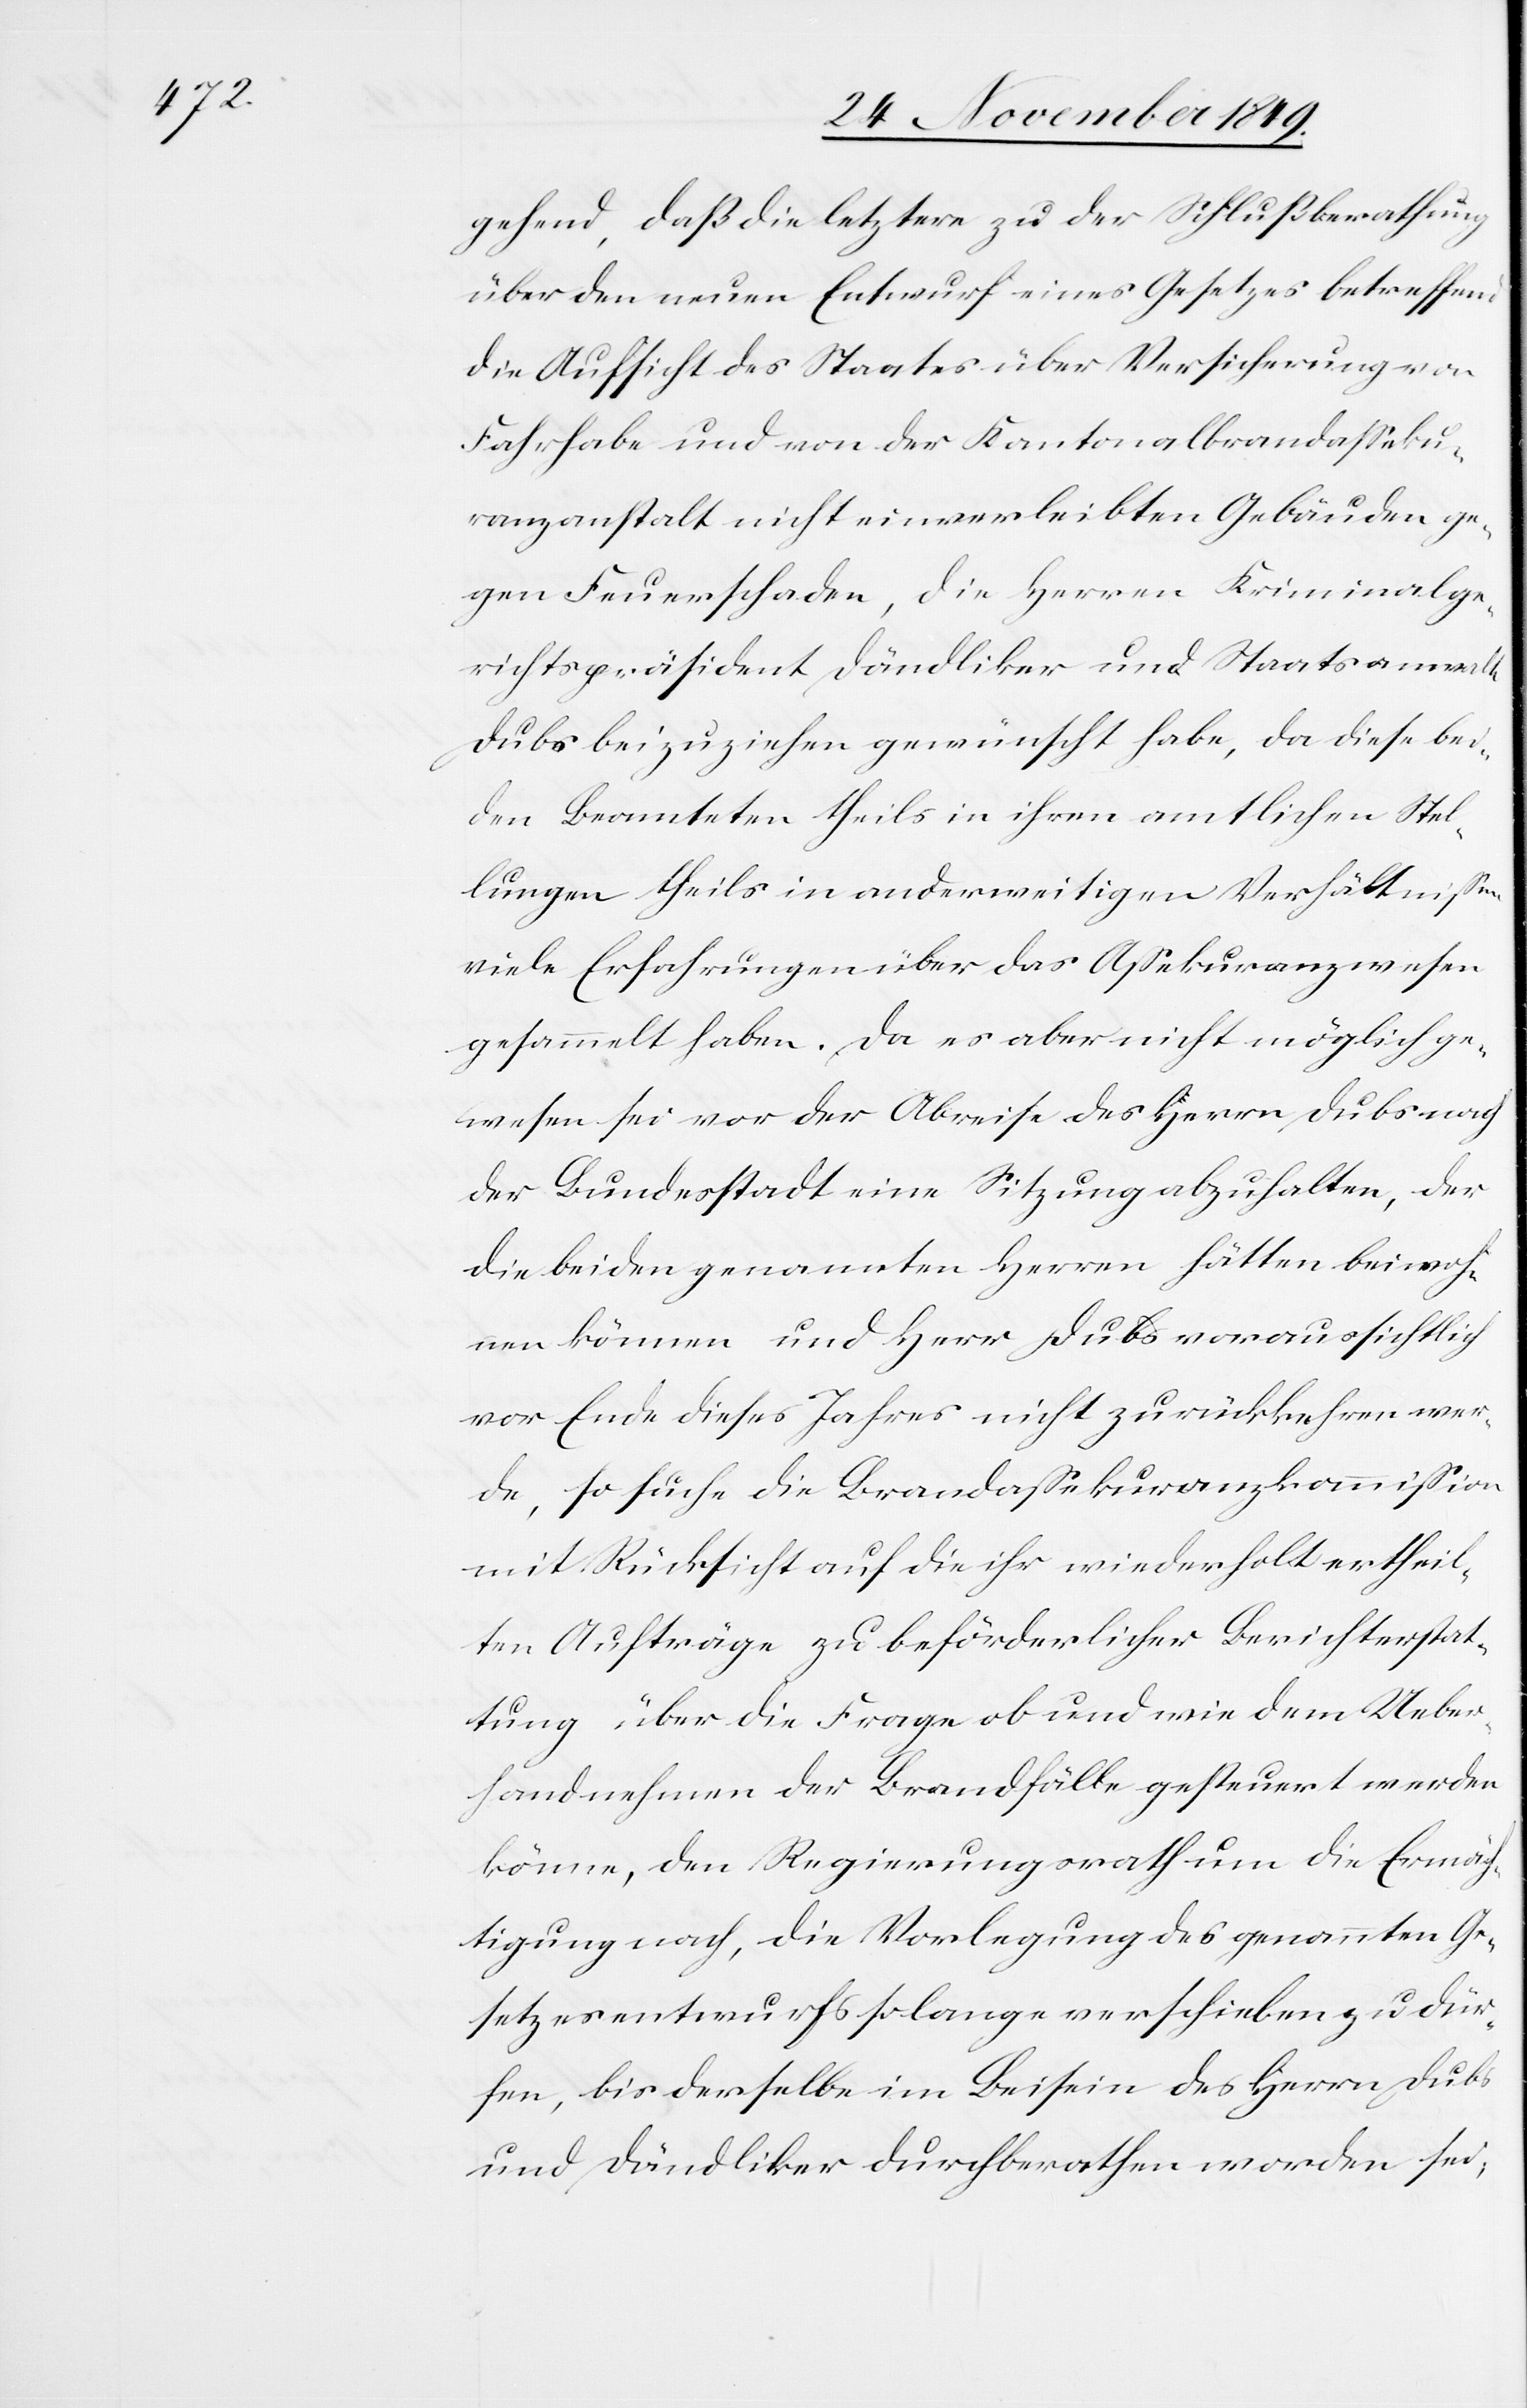
gehend, daß die letztere zu der Schlußberathung
über den neuen Entwurf eines Gesetzes betreffend
die Aufsicht des Staates über Versicherung von
Fahrhabe und von der Kantonalbrandaßeku¬
ranzanstalt nicht einverleibten Gebäuden ge¬
gen Feuerschaden, die Herren Kriminalge¬
richtspräsident Dändliker und Staatsanwalt
Dubs beizuziehen gewünscht habe, da diese bei¬
den Beamteten theils in ihren amtlichen Stel¬
lungen theils in anderweitigen Verhältnißen
viele Erfahrungen über das Aßekuranzwesen
gesammelt haben. Da es aber nicht möglich ge¬
wesen sei vor der Abreise des Herrn Dubs nach
der Bundesstadt eine Sitzung abzuhalten, der
die beiden genannten Herren hätten beiwoh¬
nen können und Herr Dubs voraussichtlich
vor Ende dieses Jahres nicht zurückkehren wer¬
de, so suche die Brandaßekuranzkommißion
mit Rücksicht auf die ihr wiederholt ertheil¬
ten Aufträge zu beförderlicher Berichterstat¬
tung über die Frage ob und wie dem Ueber¬
handnehmen der Brandfälle gesteuert werden
könne, den Regierungsrath um die Ermäch¬
tigung nach, die Vorlegung des genannten Ge¬
setzesentwurfs so lange verschieben zu dür¬
fen, bis derselbe im Beisein des Herrn Dubs
und Dändliker durchberathen worden sei,